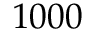
1 0 0 0